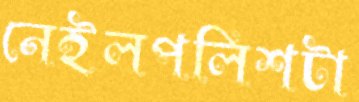
নেইলপলিশটা